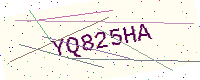
Text: YQ825HA